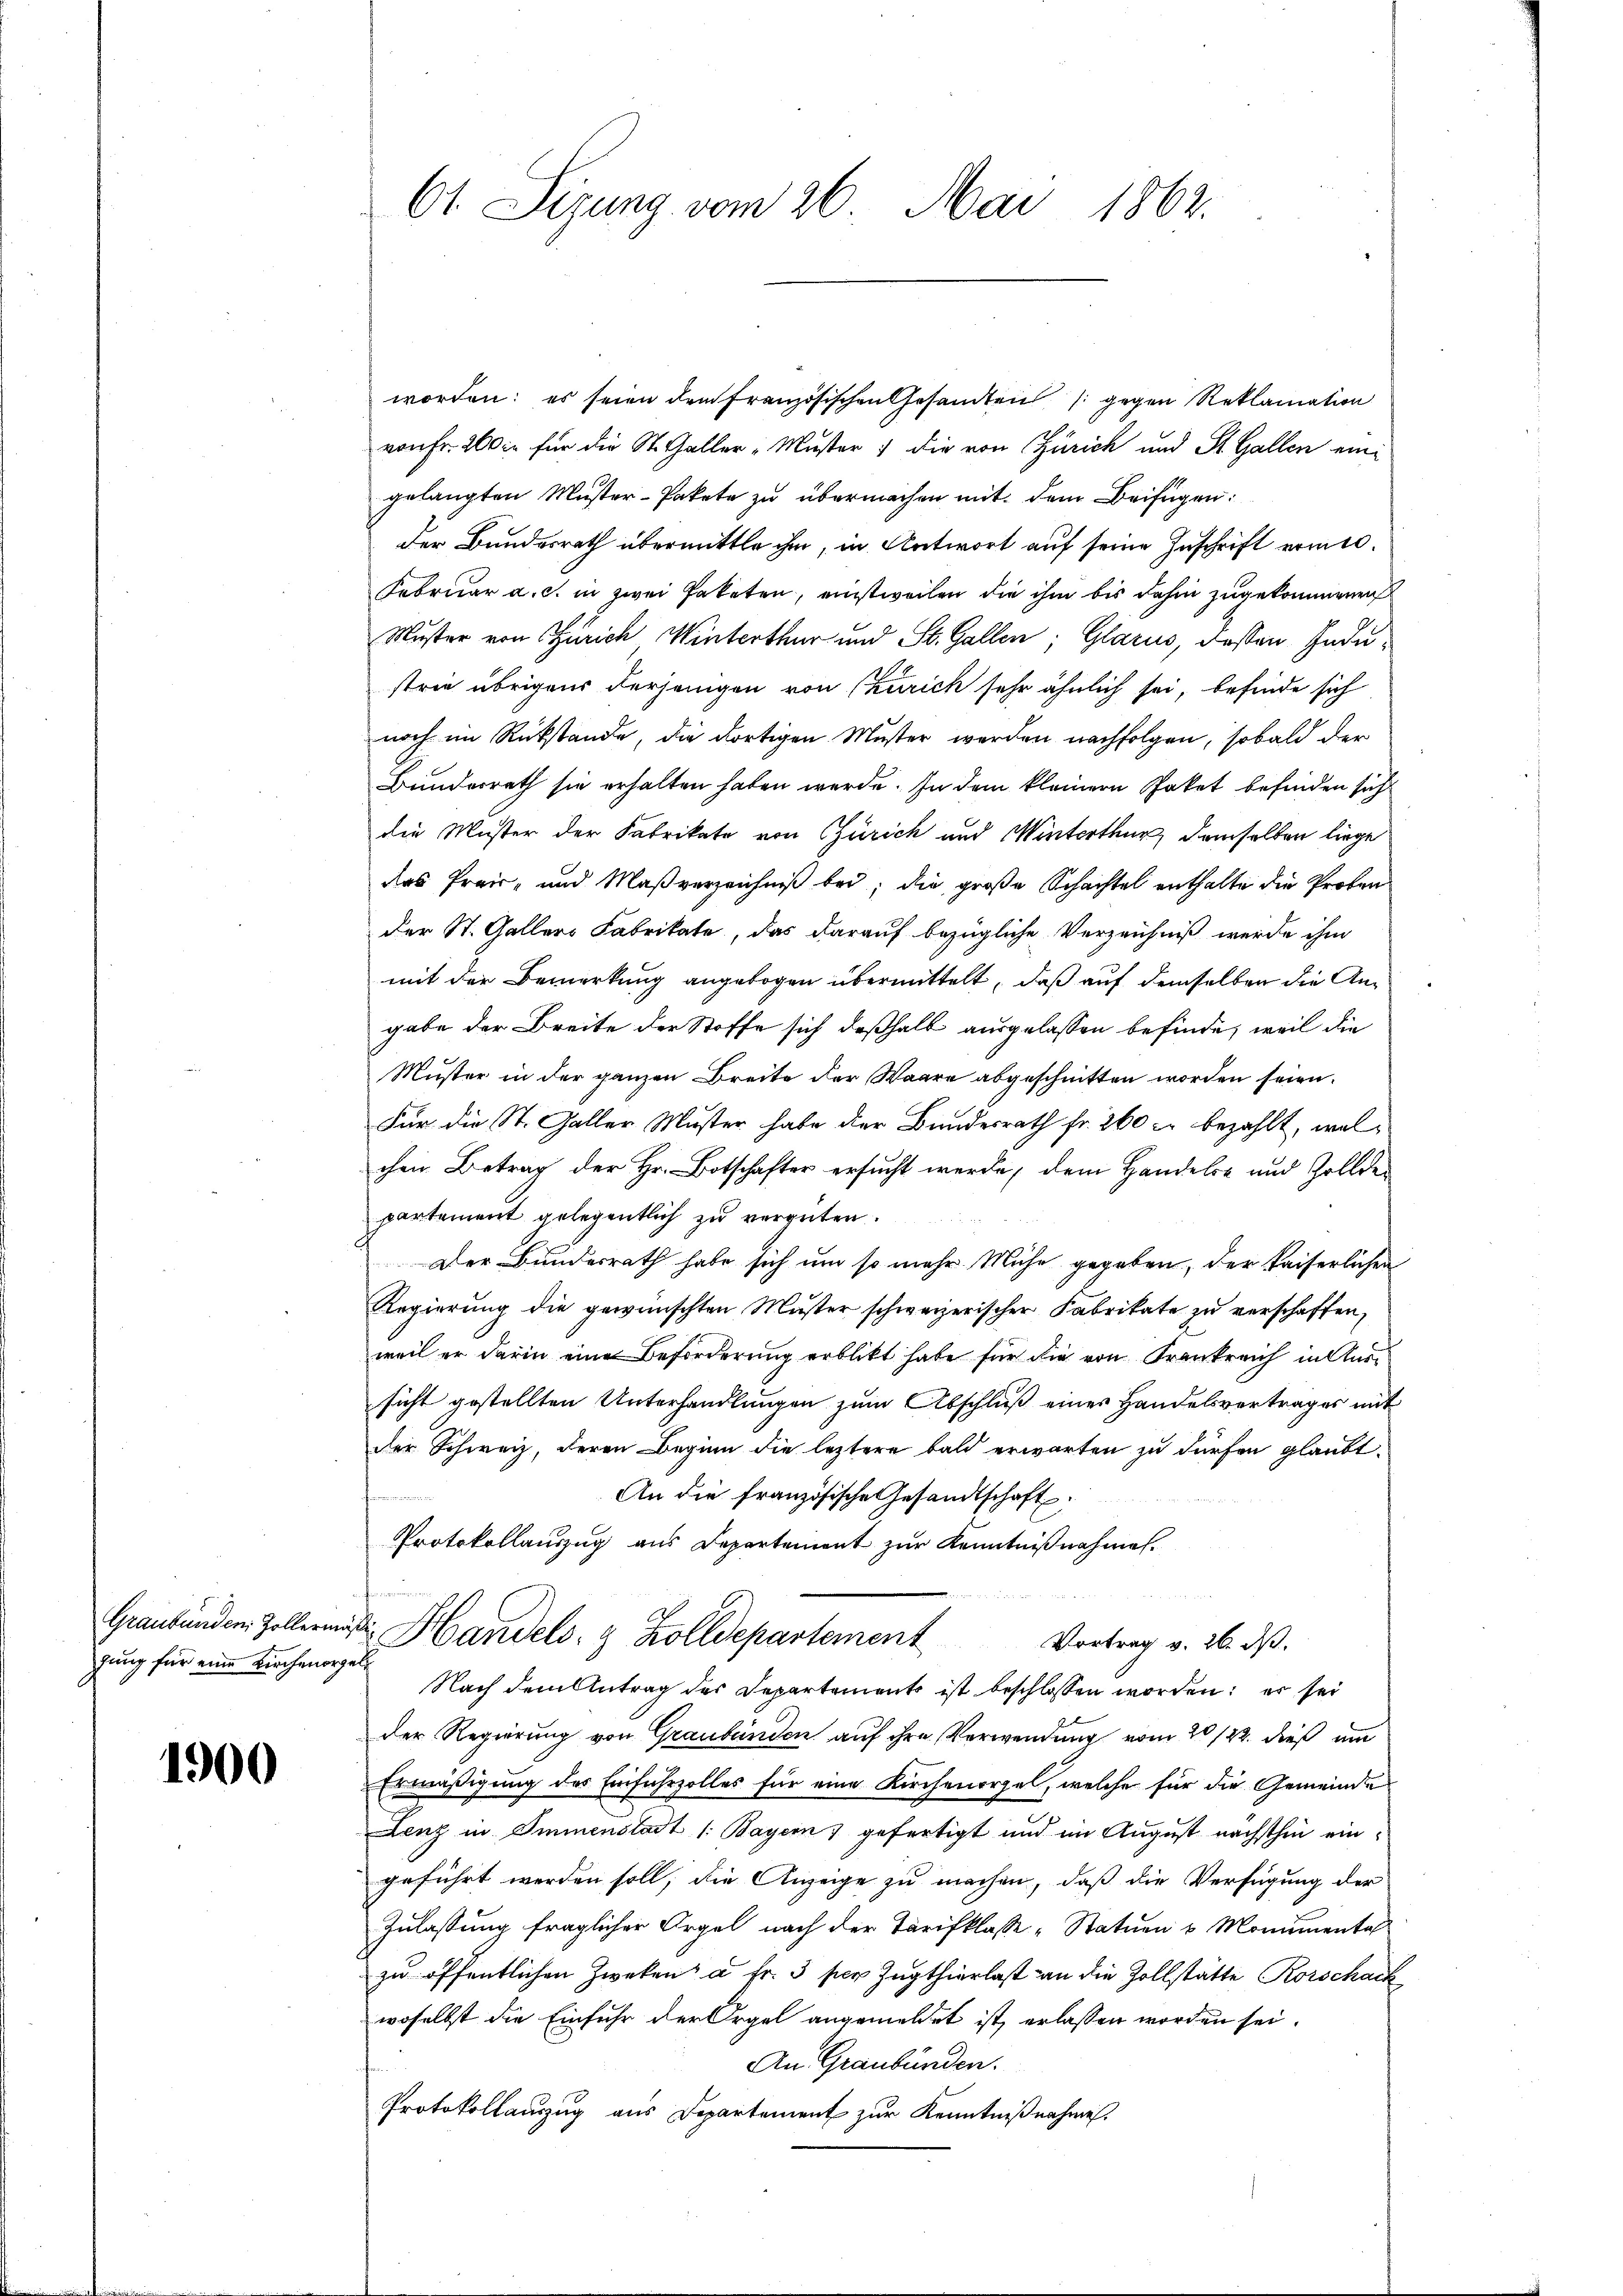
Graubünden Zollerun
gung für eine Kirchenorg

1900

Ct. Sizung vom 26. Mai 1862.

worden; es seien dem französischen Gesandten (gegen Reklamation
von Fr. 260 xr für die St. Galler "Muster die von Zürich und St. Gallen eini
gelangten Muster-Pakete zŭ übermachen mit dem Beifügen:
der Bundesrath übermittle ihm, in Antwort auf seine Zuschrift ermes¬
Februar a. c. in zwei Paketen, einstweilen die ihm bis dahin zugekommenen
Muster von Zürich Winterthur und St. Gallen; Glarus, dessen Industrie übrigens derjenigen von Zürich sehr ähnlich sei, befinde sich
noch im Rückstände, die dortigen Muster werden nachfolgen, sobald der
Bundesrath sie erhalten haben werde. In dem kleinern Paket befinden sich
die Muster der Fabrikate von Zürich und Winterthur, demselben liege
das Preis- und Maβverzeichniß bei; die große Schachtel enthalte die Proben
der St. Galler Fabrikate, das darauf bezügliche Verzeichniß werde ihm
mit der Bemerkung angebogen übermittelt, daß auf demselben die Angabe der Breite der Stoffe sich deßhalb ausgelassen befinde, weil die
Muster in der ganzen Breite der Waare abgeschnitten worden seien.
Für die St. Galler Muster habe der Bundesrath fr. 260 c. bezahlt, wel
chen Betrag der Hr. Botschafter ersucht werde, dem Handels- und Zolldepartement gelegentlich zu vergüten.
Der Bundesrath habe sich um so mehr Mühe gegeben, der kaiserlichen
Regierung die gewünschten Muster schweizerischer Fabrikate zu verschaffen,
weil er darin eine Beförderung erblickt habe für die von Frankreich in Aussicht gestellten Unterhandlungen zum Abschluß einer Handelsvertrages mit
der Schweiz, deren Beginn die leztere bald erwarten zu dürfen glaubt.
An die französische Gesandtschaft.
Perminen
Protokollauszug aus Departement zur Kenntnißnahmen.
hin einmann
d Handels- & Zolldepartement
Vortrag v. 26. ds.
Nach dem Antrag des Departements ist beschlossen worden; er sei
der Regierung von Graubünden auf ihre Verwendung vom 20/22. dieß um
Ermäßigung des Einfuhrzolles für eine Kirchenorgel, welche für die Gemeinde
Lenz in Immenstadt 1. Bayern) gefertigt und im August nächsthin eingeführt werden soll, die Anzeige zu machen, daß die Verfügung der
Zulassung fraglicher Orgel nach der Tarifklasse „Statuen 6 Monumenta
zu öffentlichen Zweken à Fr. 3 per Zugthierlast an die Zollstätte Rorschack
woselbst die Einfuhr der Orgel angemeldet ist, erlassen worden sei.
An Graubünden.
.
Protokollauszug aus Departement zur Kenntnißnahme.